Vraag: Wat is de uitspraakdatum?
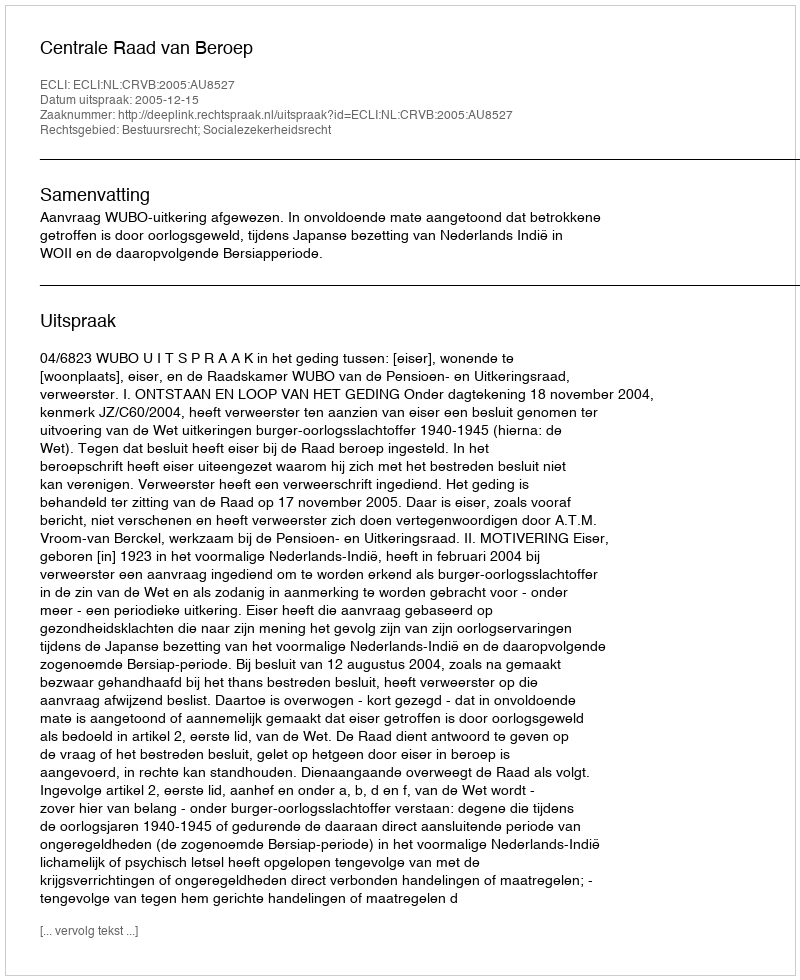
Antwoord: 2005-12-15